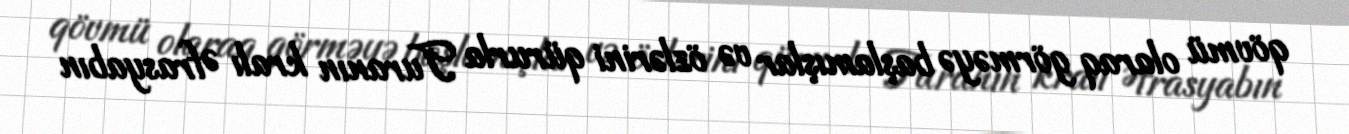
qövmü olaraq görməyə başlamışlar və özlərini qürurla Turanın kralı Əfrasyabın